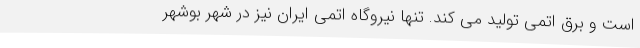
است و برق اتمی تولید می کند. تنها نیروگاه اتمی ایران نیز در شهر بوشهر